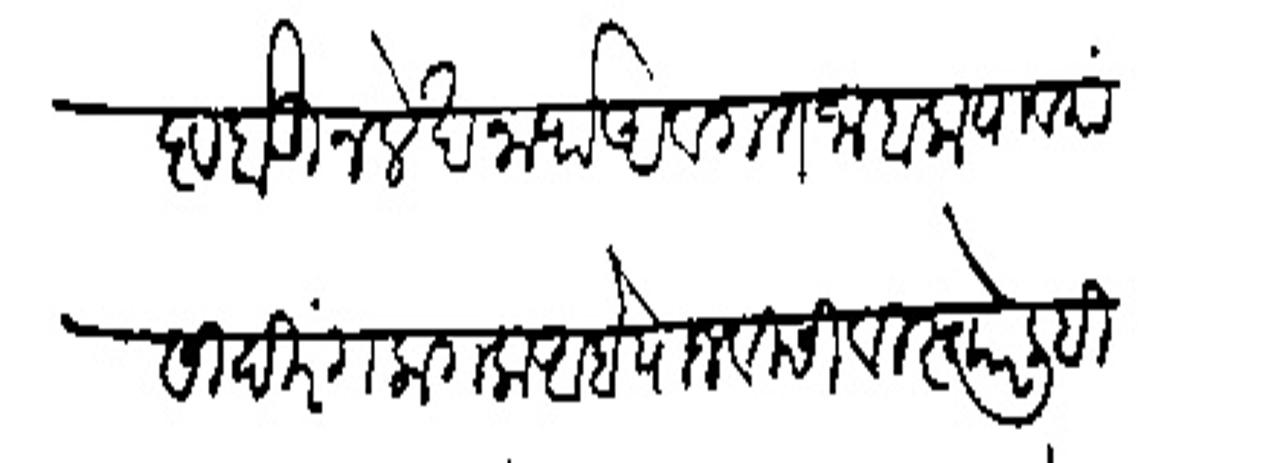
Transliteration (Devanagari): प्रविष्ट होऊन लेखनार्थ अवगत जाहला यावयासी दिरंग लागला आहे याजविसी विस्तारे लिहिलें